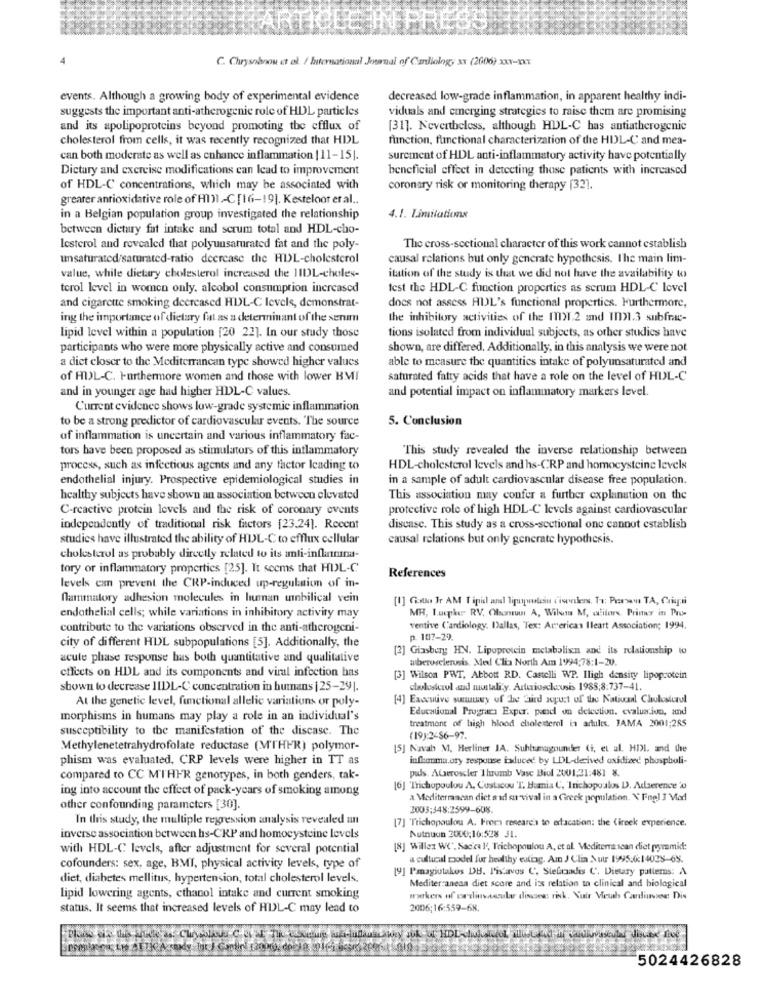
C. Chrysoboou et al. / International Journal of Cardiology ax (2006) xx7-Xxx
events. Although a growing body of experimental evidence
decreased low-grade inflammation, in apparent healthy indi-
suggests the important anti-atherogenie role of HDL particles
viduals and emerging strategies to raise them are promising
and its apolipoproteins beyond promoting the cfflux of
[31]. Nevertheless, although HDL-C has antiatherogenic
cholesterol from cells, it was recently recognized that HDL
function, functional characterization of the HIL-C' and mea-
can both moderate as well as enhance inflammation | 11-15|.
surement of HDL anti-inflammatory activity have potentially
Dictary and exercise modifications can lead to improvement
beneficial effect in detecting those patients with increased
of HDL-C concentrations, which may be associated with
coronary risk or monitoring therapy [32].
greater antioxidative role of HIDI -C [16-19]. Kesteloor er al ..
in a Belgian population group investigated the relationship
4.1. Limitationx
between dietary fat intake and scrum total and HDL-cho-
lesterol and revealed that polyunsaturated fat and the poly-
The cross-sectional character of this work cannot establish
unsaturated/saturated-ratio decrease the HDL-cholesterol
causal relations but only generate hypothesis. The main lim-
value, while dietary cholesterol increased the 11DL-choles-
itation of the study is that we did not have the availability to
terol level in women only, alcohol consumption increased
test the HDL-C function properties as scrum HDL-C level
and cigarette smoking decreased HDL-C levels, demonstrat-
does not assess HIL's functional properties. Furthermore,
ing the importance of dietary fut as a determinant of the senum
the inhibitory activities of the IDI.2 and I31.3 subfrac-
lipid level within a population [20 22]. In our study those
tions isolated from individual subjects, as other studies have
participants who were more physically active and consumed
shown, are differed. Additionally, in this analysis we were not
a diet closer to the Mediterranean type showed higher values
able to measure the quantities intake of polyunsaturated and
of HDL-C. Furthermore women and those with lower BMI
saturated fatty acids that have a role on the level of HIL-C
and in younger age had higher HDL-C values.
and potential impact on inflammatory markers level.
Current evidence shows low-grade systemie inflammation
to be a strong predictor of cardiovascular events. The source
5. Conclusion
of inflammation is uncertain and various inflammatory fac-
tors have been proposed as stimulators of this inflammatory
This study revealed the inverse relationship between
process, such as infectious agents and any factor leading to
HDL-cholesterol levels and hs-CRP and homocysteine levels
endothelial injury. Prospective epidemiological studies in
in a sample of adult cardiovascular disease free population.
healthy subjects have shown an association between elevated
This association may confer a further explanation on the
C-reactive protein levels and the risk of coronary events
protective role of high HDL-C levels against cardiovascular
independently of traditional risk factors [23.24]. Recent
disease. This study as a cross-sectional one cannot establish
studies have illustrated the ability of HDL-C to efflux cellular
causal relations but only generate hypothesis.
cholesterol as probably directly related to its anti-inflamuna-
tory or inflammatory properties [25]. It seems that HUL-C
References
levels can prevent the CRP-induced up-regulation of in-
flammatory adhesion molecules in human umbilical vein
[1] Giallo Ir AM Tipid and lipapmusin cisonders. Tr: Perww TA, Cripti
MR, L.ucker RV, Olantu A, Wilut M, atifare. Primer in Pro-
endothelial cells; while variations in inhibitory activity may
contribute to the variations observed in the anti-atherogeni-
ventive Cardiology. Dallas, Tex: Arericas Ileart Association; 1994.
p. 107-29.
city of different HDL subpopulations [5]. Additionally, the
[2] Giasberg HN. Lipoprotein metabolisn and its relationship to
acute phase response has both quantitative and qualitative
wberosclerosis. Med Clin North Am 1994;78:1-20.
effects on HDL and its components and viral infection has
[3] Wilson PWNT, Abbott RD. Castelli WP. Iligh density lipoprotein
shown to decrease ILDL-C concentration in humans | 25-291.
cholesterol and mustality. Arturiosclausis 1988;8:737-41.
At the genetic level, functional allelic variations or poly-
[4] Executive summary of de Gird zopust of the Nativeal Cholesterol
Educational Programs Exper. pand on delection. evaluation, and
morphisms in humans may play a role in an individual's
treatment of high blood cholesterol is artules. JAMA 2001:285
susceptibility to the manifestation of the discase. The
(19):2-56-97.
Methylenetetrahydrofolate reductase (MTHFR) polymor-
[5] Navah M. Herliner JA. Suhlmagnunder (i, et al. HDL. and the
phism was evaluated, CRP levels were higher in TT as
inflamma.oty response isduced by LDL-derived oxidized phospholi-
compared to CC MTHFR genotypes, in both genders, tak-
pods. ALaeroscler Ihrumb Vase Biol 2001,21:481 8.
ing into account the effect of pack-years of smoking among
[6] Trichopoulou A. Custacou T. Hamia C, Trichopoulos D. Adaerence 's
a Mediterranean diet sad su vival in a Greek population. X Fnel I Vad
other confounding parameters [30].
2003:348:2599-608.
In this study, the multiple regression analysis revealed an
[7] 'Trichopoulou A. Free research to ertacation: the Cireek experience.
Autnuon 2000;10:528 31.
inverse association between hs-CRP and homocysteine levels
with HDL-C levels, after adjustment for several potential
[8] Willaz WC'. Sacca 1', Trichopoulou A, et al. Mediterranean diet prymmid:
a cultural model for healthy eating. Am J Clin Nutr 1995.0:14028-65.
cofounders: sex, age, BMI, physical activity levels, type of
[9] Panagiotakos DB. Pis'avos C', Steluadis C'. Dietary patterns: A
diet, diabetes mellitus, hypertension, total cholesterol levels,
Mediterranean diet score and its relation to clinical and biological
lipid lowering agents, ethanol intake and current smoking
marken of oralinvacube dissoess risk. Nuir Meuch Cardiuvee Dis
status. It seems that increased levels of HUL-C may lead to
2006;16:559-68.
5024426828